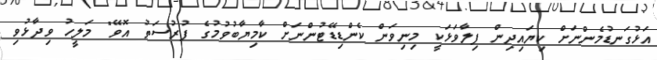
އަޅުގަނޑުމެންނަށް ކިޔައިދިން ފިލާވަޅަކީ މިނިވަން ކެންޑިޑޭޓުންނަށް ކާމިޔާބުވުމުގެ ފުރުސަތު އޮވޭ" މަލީހު ވިދާޅުވި